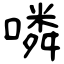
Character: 噒